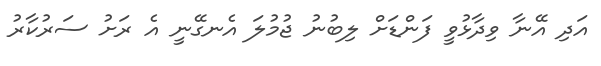
އަދި އޭނާ ވިދާޅުވީ ފަންޑަށް ލިބުނު ޖުމުލަ އެނގޭނީ އެ ރަށު ސަރުކާރު